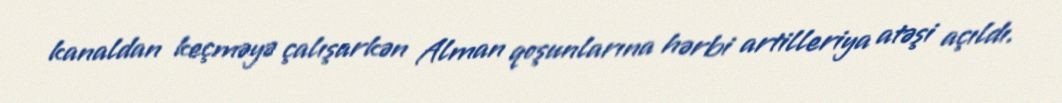
kanaldan keçməyə çalışarkən Alman qoşunlarına hərbi artilleriya atəşi açıldı.